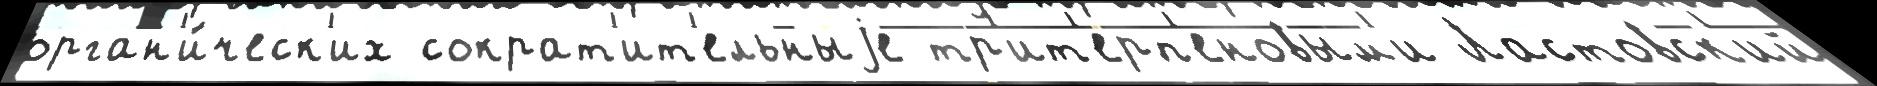
орган'и́ческ'их сократ'ит'ельныjе тр'ит'ерп'еновым'и Ластовск'ий